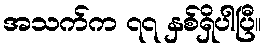
အသက်က ၇၇ နှစ်ရှိပါပြီ။